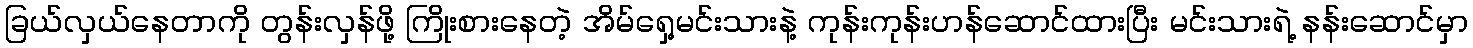
ခြယ်လှယ်နေတာကို တွန်းလှန်ဖို့ ကြိုးစားနေတဲ့ အိမ်ရှေ့မင်းသားနဲ့ ကုန်းကုန်းဟန်ဆောင်ထားပြီး မင်းသားရဲ့ နန်းဆောင်မှာ